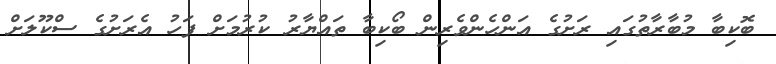
ބޮކިބާ މުބާރާތުގައި ރަށުގެ އަންހެންވެރިން ބޯކިބާ ތައްޔާރު ކުރުމަށް ފަހު އެރަށުގެ ސްކޫލަށް